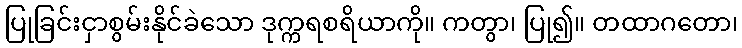
ပြုခြင်းငှာစွမ်းနိုင်ခဲသော ဒုက္ကရစရိယာကို။ ကတွာ၊ ပြု၍။ တထာဂတော၊